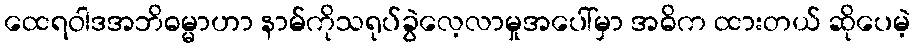
ထေရဝါဒအဘိဓမ္မာဟာ နာမ်ကိုသရုပ်ခွဲလေ့လာမှုအပေါ်မှာ အဓိက ထားတယ် ဆိုပေမဲ့